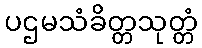
ပဌမသံခိတ္တသုတ္တံ